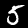
Label: 5